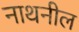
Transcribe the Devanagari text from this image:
नाथनील